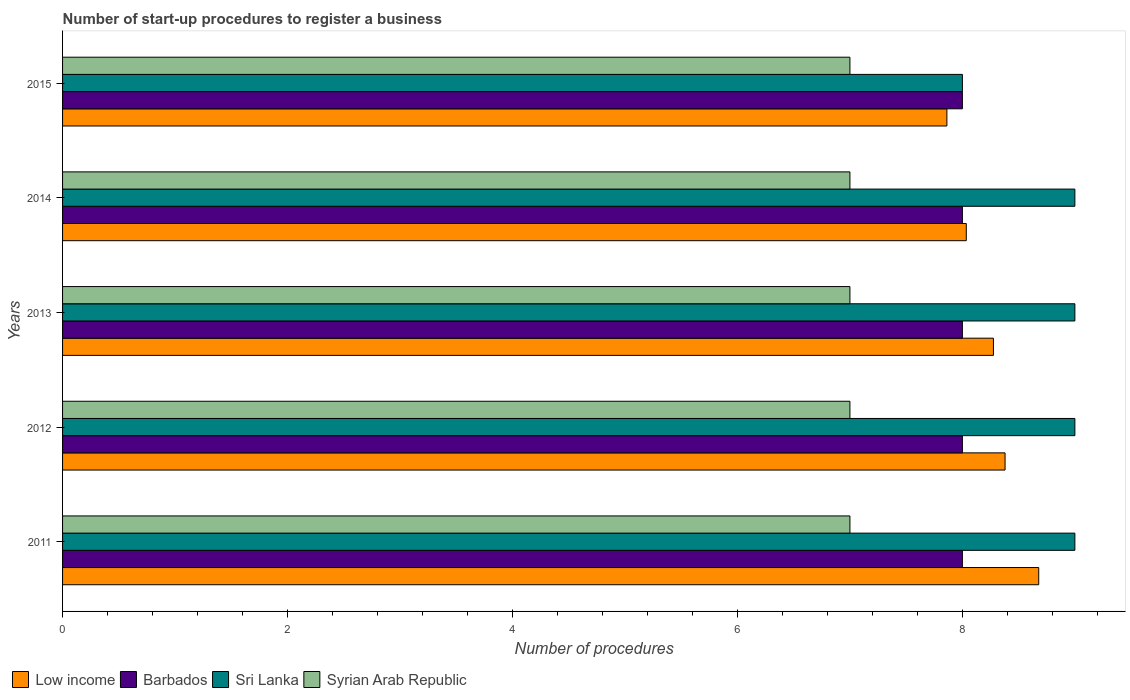
| Years | Low income | Barbados | Sri Lanka | Syrian Arab Republic |
 | --- | --- | --- | --- | --- |
 | 2011 | 8.68 | 8 | 9 | 7 |
 | 2012 | 8.38 | 8 | 9 | 7 |
 | 2013 | 8.28 | 8 | 9 | 7 |
 | 2014 | 8.03 | 8 | 9 | 7 |
 | 2015 | 7.86 | 8 | 8 | 7 |